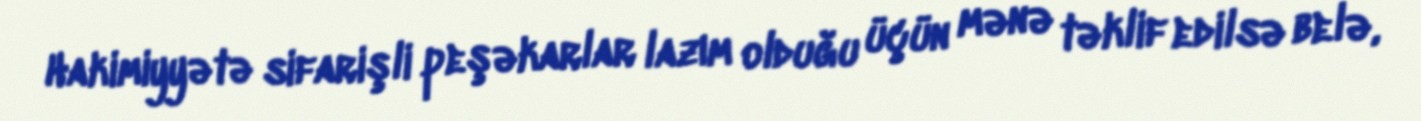
Hakimiyyətə sifarişli peşəkarlar lazım olduğu üçün mənə təklif edilsə belə,